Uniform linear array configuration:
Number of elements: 24
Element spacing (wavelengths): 1
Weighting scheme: uniform
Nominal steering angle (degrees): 15
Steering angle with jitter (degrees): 15.139
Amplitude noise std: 0.05
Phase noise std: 0.05

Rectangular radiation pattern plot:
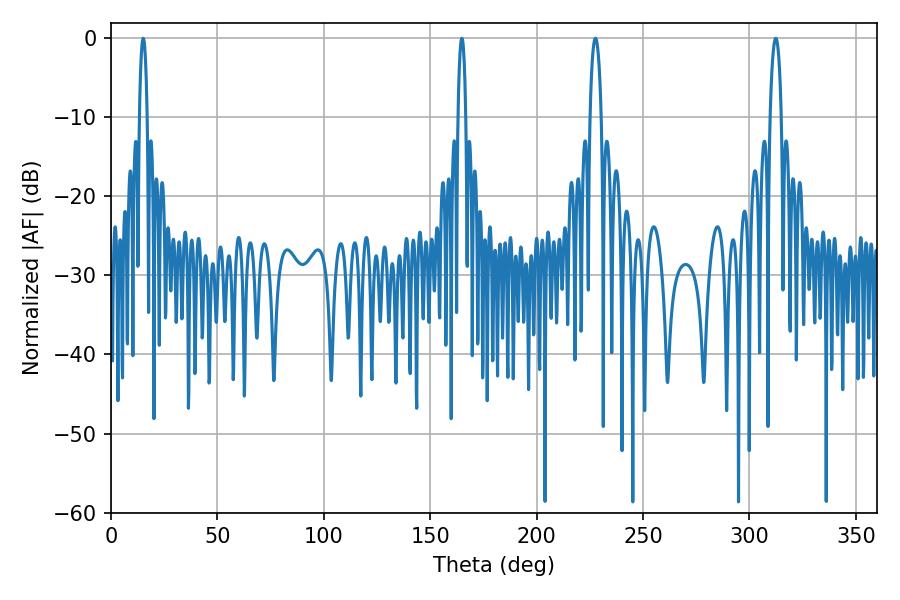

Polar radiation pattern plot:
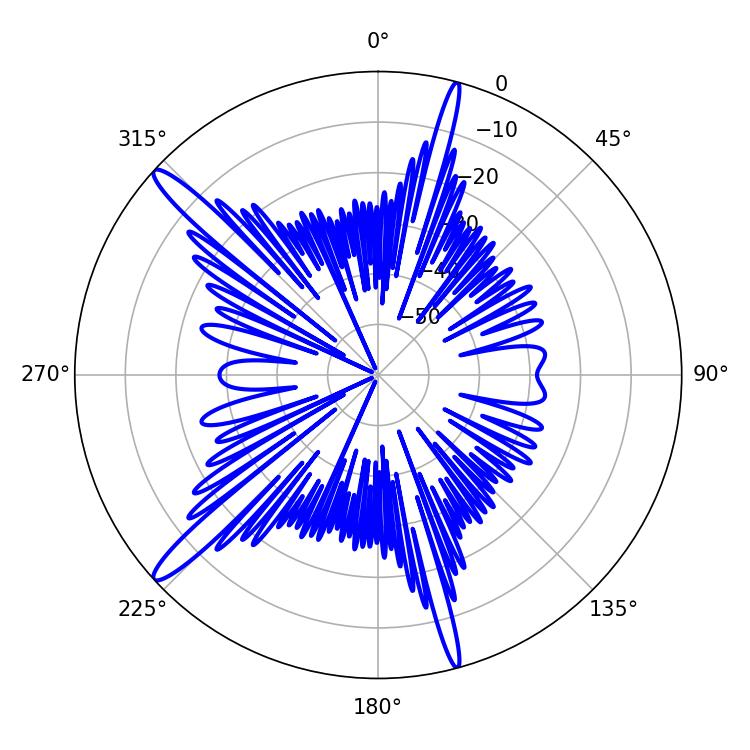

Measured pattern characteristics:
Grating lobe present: TRUE
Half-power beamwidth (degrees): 1.98
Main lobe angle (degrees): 15.12